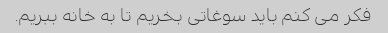
فکر می کنم باید سوغاتی بخریم تا به خانه ببریم.